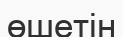
өшетін